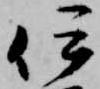
伊